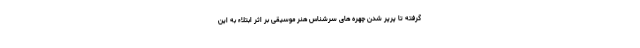
گرفته تا پرپر شدن چهره های سرشناس هنر موسیقی بر اثر ابتلاء به این